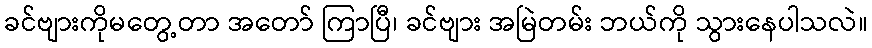
ခင်ဗျားကိုမတွေ့တာ အတော် ကြာပြီ၊ ခင်ဗျား အမြဲတမ်း ဘယ်ကို သွားနေပါသလဲ။